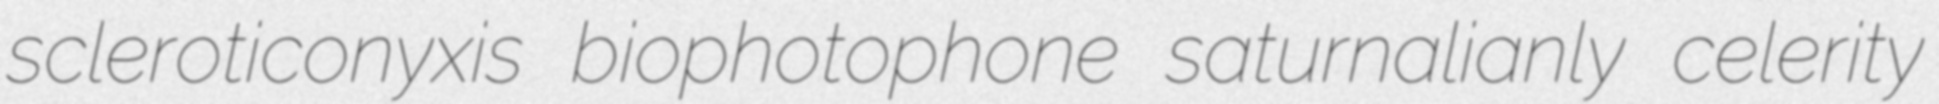
scleroticonyxis biophotophone saturnalianly celerity